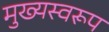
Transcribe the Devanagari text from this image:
मुख्यस्वरूप